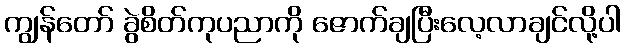
ကျွန်တော် ခွဲစိတ်ကုပညာကို ဇောက်ချပြီးလေ့လာချင်လို့ပါ